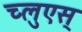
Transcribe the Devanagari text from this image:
च्लुएस्